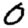
Digit: 0